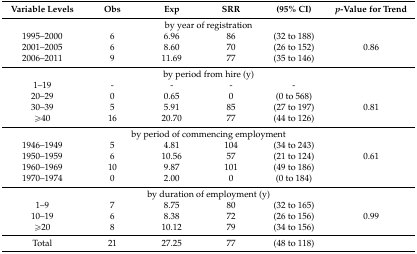
| Variable Levels | Obs | Exp | SRR | (95% CI) | p-Value for Trend |
 | --- | --- | --- | --- | --- | --- |
 | <COLSPAN=6> by year of registration |
 | 1995–2000 | 6 | 6.96 | 86 | (32 to 188) |  |
 | 2001–2005 | 6 | 8.60 | 70 | (26 to 152) | 0.86 |
 | 2006–2011 | 9 | 11.69 | 77 | (35 to 146) |  |
 | <COLSPAN=6> by period from hire (y) |
 | 1–19 | - | - | - | - |  |
 | 20–29 | 0 | 0.65 | 0 | (0 to 568) |  |
 | 30–39 | 5 | 5.91 | 85 | (27 to 197) | 0.81 |
 | ≥40 | 16 | 20.70 | 77 | (44 to 126) |  |
 | <COLSPAN=6> by period of commencing employment |
 | 1946–1949 | 5 | 4.81 | 104 | (34 to 243) |  |
 | 1950–1959 | 6 | 10.56 | 57 | (21 to 124) | 0.61 |
 | 1960–1969 | 10 | 9.87 | 101 | (49 to 186) |  |
 | 1970–1974 | 0 | 2.00 | 0 | (0 to 184) |  |
 | <COLSPAN=6> by duration of employment (y) |
 | 1–9 | 7 | 8.75 | 80 | (32 to 165) |  |
 | 10–19 | 6 | 8.38 | 72 | (26 to 156) | 0.99 |
 | ≥20 | 8 | 10.12 | 79 | (34 to 156) |  |
 | Total | 21 | 27.25 | 77 | (48 to 118) |  |